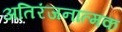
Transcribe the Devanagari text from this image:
अतिरंजनात्मक